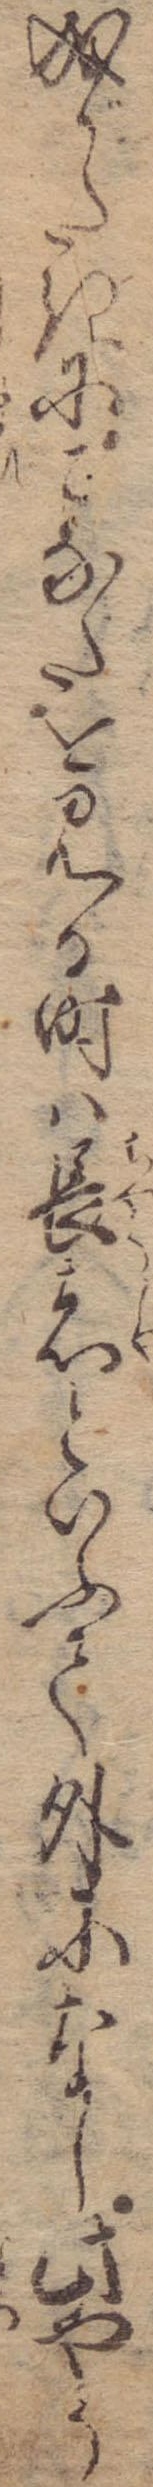
成がたきにこなたを見る時は長者といふて外になし此やう